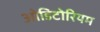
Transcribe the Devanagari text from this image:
ओडिटोरियम